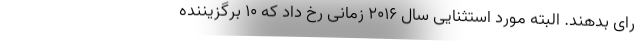
رای بدهند. البته مورد استثنایی سال ۲۰۱۶ زمانی رخ داد که ۱۰ برگزیننده